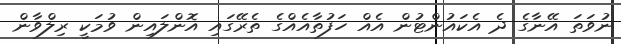
ނުވަތަ އޭނާގެ ދެ އެކައުންޓުން އެއް ހަފުތާއެއްގެ ތެރޭގައި އޮންލައިން ވުމަކީ ރިލްވާން